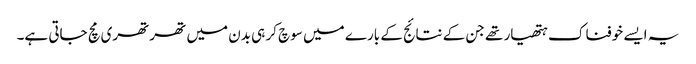
یہ ایسے خوفناک ہتھیار تھے جن کے نتائج کے بارے میں سوچ کر ہی بدن میں تھرتھری مچ جاتی ہے۔